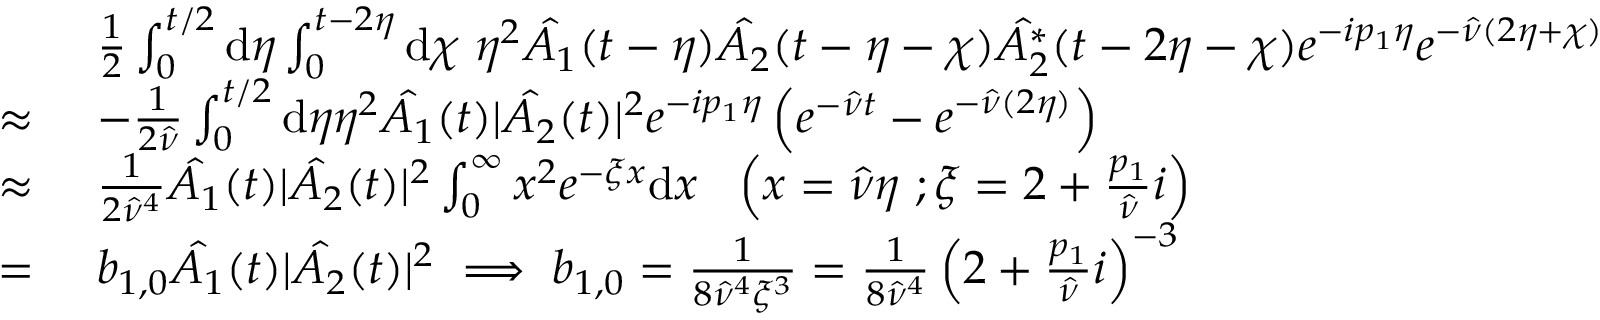
\begin{array} { r l } & { \frac { 1 } { 2 } \int _ { 0 } ^ { t / 2 } \mathrm { d } \eta \int _ { 0 } ^ { t - 2 \eta } \mathrm { d } \chi \ \eta ^ { 2 } \hat { A _ { 1 } } ( t - \eta ) \hat { A _ { 2 } } ( t - \eta - \chi ) \hat { A _ { 2 } ^ { * } } ( t - 2 \eta - \chi ) e ^ { - i p _ { 1 } \eta } e ^ { - \hat { \nu } ( 2 \eta + \chi ) } } \\ { \approx \ } & { - \frac { 1 } { 2 \hat { \nu } } \int _ { 0 } ^ { t / 2 } \mathrm { d } \eta \eta ^ { 2 } \hat { A _ { 1 } } ( t ) | \hat { A _ { 2 } } ( t ) | ^ { 2 } e ^ { - i p _ { 1 } \eta } \left( e ^ { - \hat { \nu } t } - e ^ { - \hat { \nu } ( 2 \eta ) } \right) } \\ { \approx \ } & { \frac { 1 } { 2 \hat { \nu } ^ { 4 } } \hat { A _ { 1 } } ( t ) | \hat { A _ { 2 } } ( t ) | ^ { 2 } \int _ { 0 } ^ { \infty } x ^ { 2 } e ^ { - \xi x } \mathrm { d } x \ \ \left( x = \hat { \nu } \eta \ ; \xi = 2 + \frac { p _ { 1 } } { \hat { \nu } } i \right) } \\ { = \ } & { b _ { 1 , 0 } \hat { A _ { 1 } } ( t ) | \hat { A _ { 2 } } ( t ) | ^ { 2 } \implies b _ { 1 , 0 } = \frac { 1 } { 8 \hat { \nu } ^ { 4 } \xi ^ { 3 } } = \frac { 1 } { 8 \hat { \nu } ^ { 4 } } \left( 2 + \frac { p _ { 1 } } { \hat { \nu } } i \right) ^ { - 3 } } \end{array}